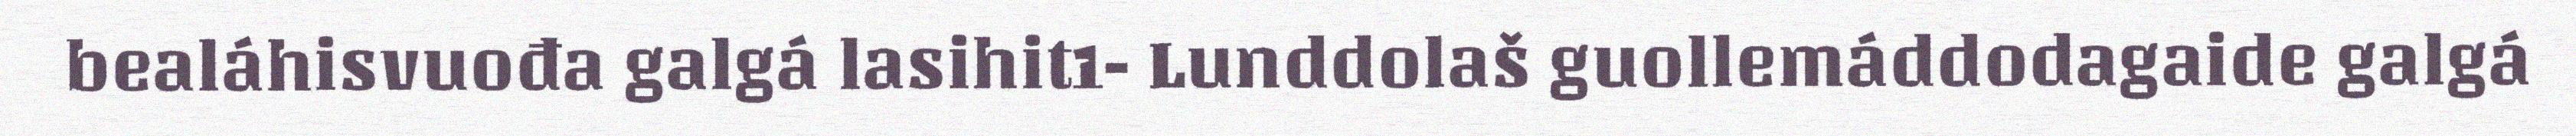
bealáhisvuođa galgá lasihit1- Lunddolaš guollemáddodagaide galgá